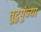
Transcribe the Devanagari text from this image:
तुटुपुंज्या